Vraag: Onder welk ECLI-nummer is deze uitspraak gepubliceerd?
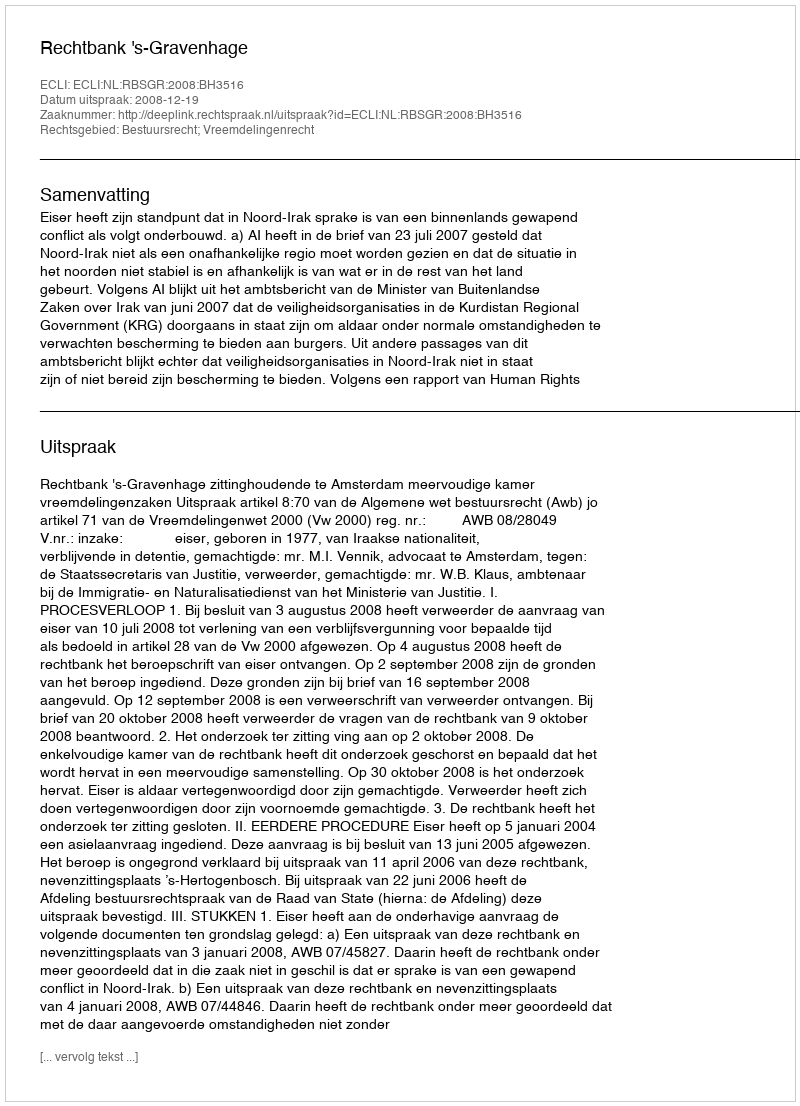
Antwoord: ECLI:NL:RBSGR:2008:BH3516